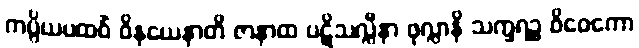
ကပ္ပိယပထဝိံ ဝိနယေနာတိ ဇာနာထ ပဋိသလ္လီနာ ဖုလ္လာနိ သက္ခရဉ္စ ဝိဝေကော